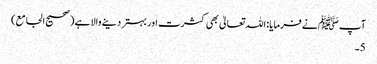
آپ ﷺنے فرمایا: اللہ تعالیٰ بھی کثرت اور بہتر دینے والا ہے (صحیح الجامع)
5۔